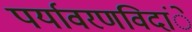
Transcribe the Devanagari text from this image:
पर्यावरणविदांे